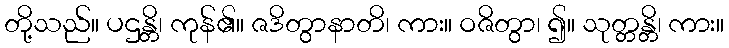
တို့သည်။ ပဌန္တိ၊ ကုန်၏။ ဇဒိတွာနာတိ၊ ကား။ ဝဇိတွာ၊ ၍။ သုတ္တန္တိ၊ ကား။